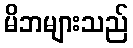
မိဘများသည်